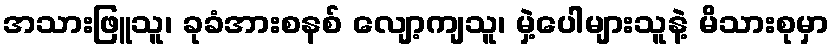
အသားဖြူသူ၊ ခုခံအားစနစ် လျော့ကျသူ၊ မှဲ့ပေါများသူနဲ့ မိသားစုမှာ